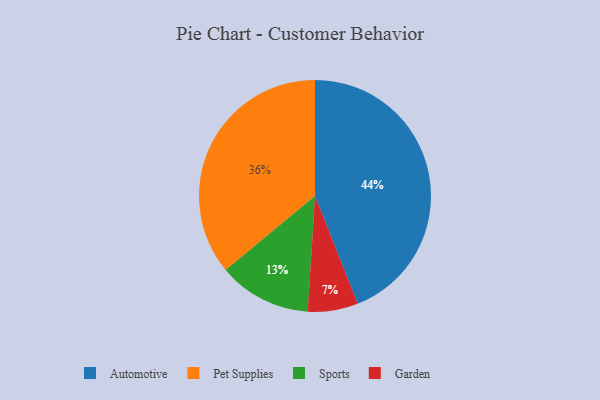
{"axis": {"x": "Category", "y": "Percentage"}, "legend": ["Automotive", "Garden", "Pet Supplies", "Sports"], "data": [{"x": "Pet Supplies", "y": 36, "type": "Pet Supplies"}, {"x": "Sports", "y": 13, "type": "Sports"}, {"x": "Garden", "y": 7, "type": "Garden"}, {"x": "Automotive", "y": 44, "type": "Automotive"}]}